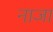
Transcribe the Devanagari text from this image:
नाजा